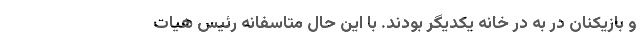
و بازیکنان در به در خانه یکدیگر بودند. با این حال متاسفانه رئیس هیات